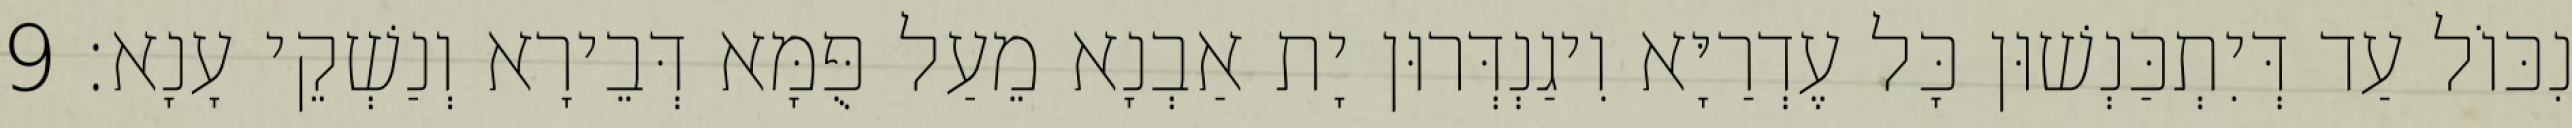
נִכּוֹל עַד דְּיִתְכַּנְשׁוּן כָּל עֶדְרַיָּא וִיגַנְדְּרוּן יָת אַבְנָא מֵעַל פֻּמָּא דְּבֵירָא וְנַשְׁקֵי עָנָא׃ 9